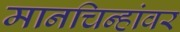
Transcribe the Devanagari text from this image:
मानचिन्हांवर